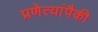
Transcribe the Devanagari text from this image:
प्रणेत्यांपैकी